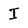
Character: I